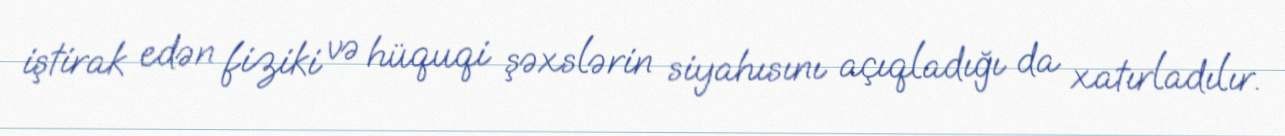
iştirak edən fiziki və hüquqi şəxslərin siyahısını açıqladığı da xatırladılır.